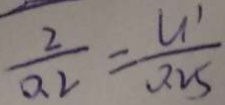
\frac { 2 } { 0 . 2 } = \frac { u ^ { 1 } } { 0 . 2 5 }